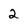
Character: 2